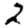
Digit: 2